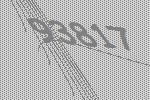
93817